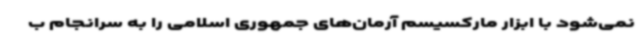
نمی‌شود با ابزار مارکسیسم آرمان‌های جمهوری اسلامی را به سرانجام ب